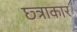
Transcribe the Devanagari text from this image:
छ्त्राकार